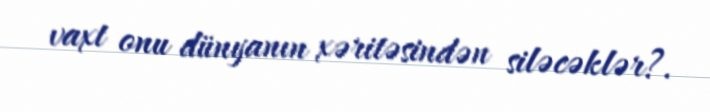
vaxt onu dünyanın xəritəsindən siləcəklər?.